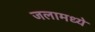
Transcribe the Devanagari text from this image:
जलामध्ये